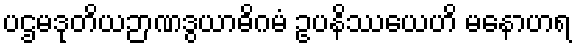
ပဌမဒုတိယဉာဏဒွယာဓိဂမံ ဥပနိဿယေဟိ မနောဟရ